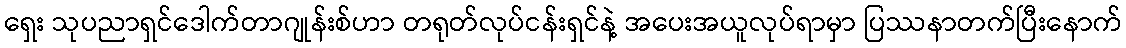
ရှေး သုပညာရှင်ဒေါက်တာဂျုန်းစ်ဟာ တရုတ်လုပ်ငန်းရှင်နဲ့ အပေးအယူလုပ်ရာမှာ ပြဿနာတက်ပြီးနောက်